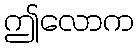
ဤလောက